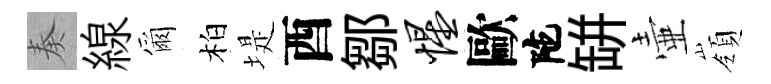
奏線爾柏堤酉鄒惺歐陀缾壷嶺